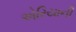
એરિયાની